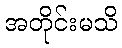
အတိုင်းမသိ